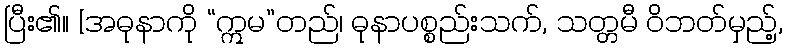
ပြီး၏။ [အဓုနာကို “ဣမ”တည်၊ ဓုနာပစ္စည်းသက်, သတ္တမီ ဝိဘတ်မှည့်,